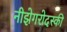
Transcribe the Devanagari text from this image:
नीझेगरोदस्की